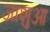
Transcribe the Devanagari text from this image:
जाशुआ